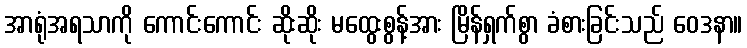
အာရုံအရသာကို ကောင်းကောင်း ဆိုးဆိုး မထွေးစွန့်အား မြိန်ရှက်စွာ ခံစားခြင်းသည် ဝေဒနာ။